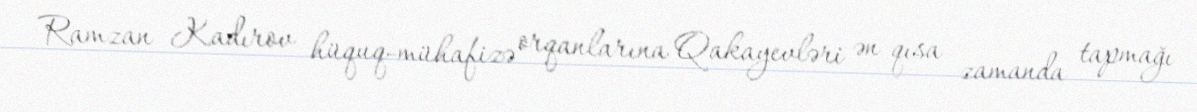
Ramzan Kadırov hüquq-mühafizə orqanlarına Qakayevləri ən qısa zamanda tapmağı